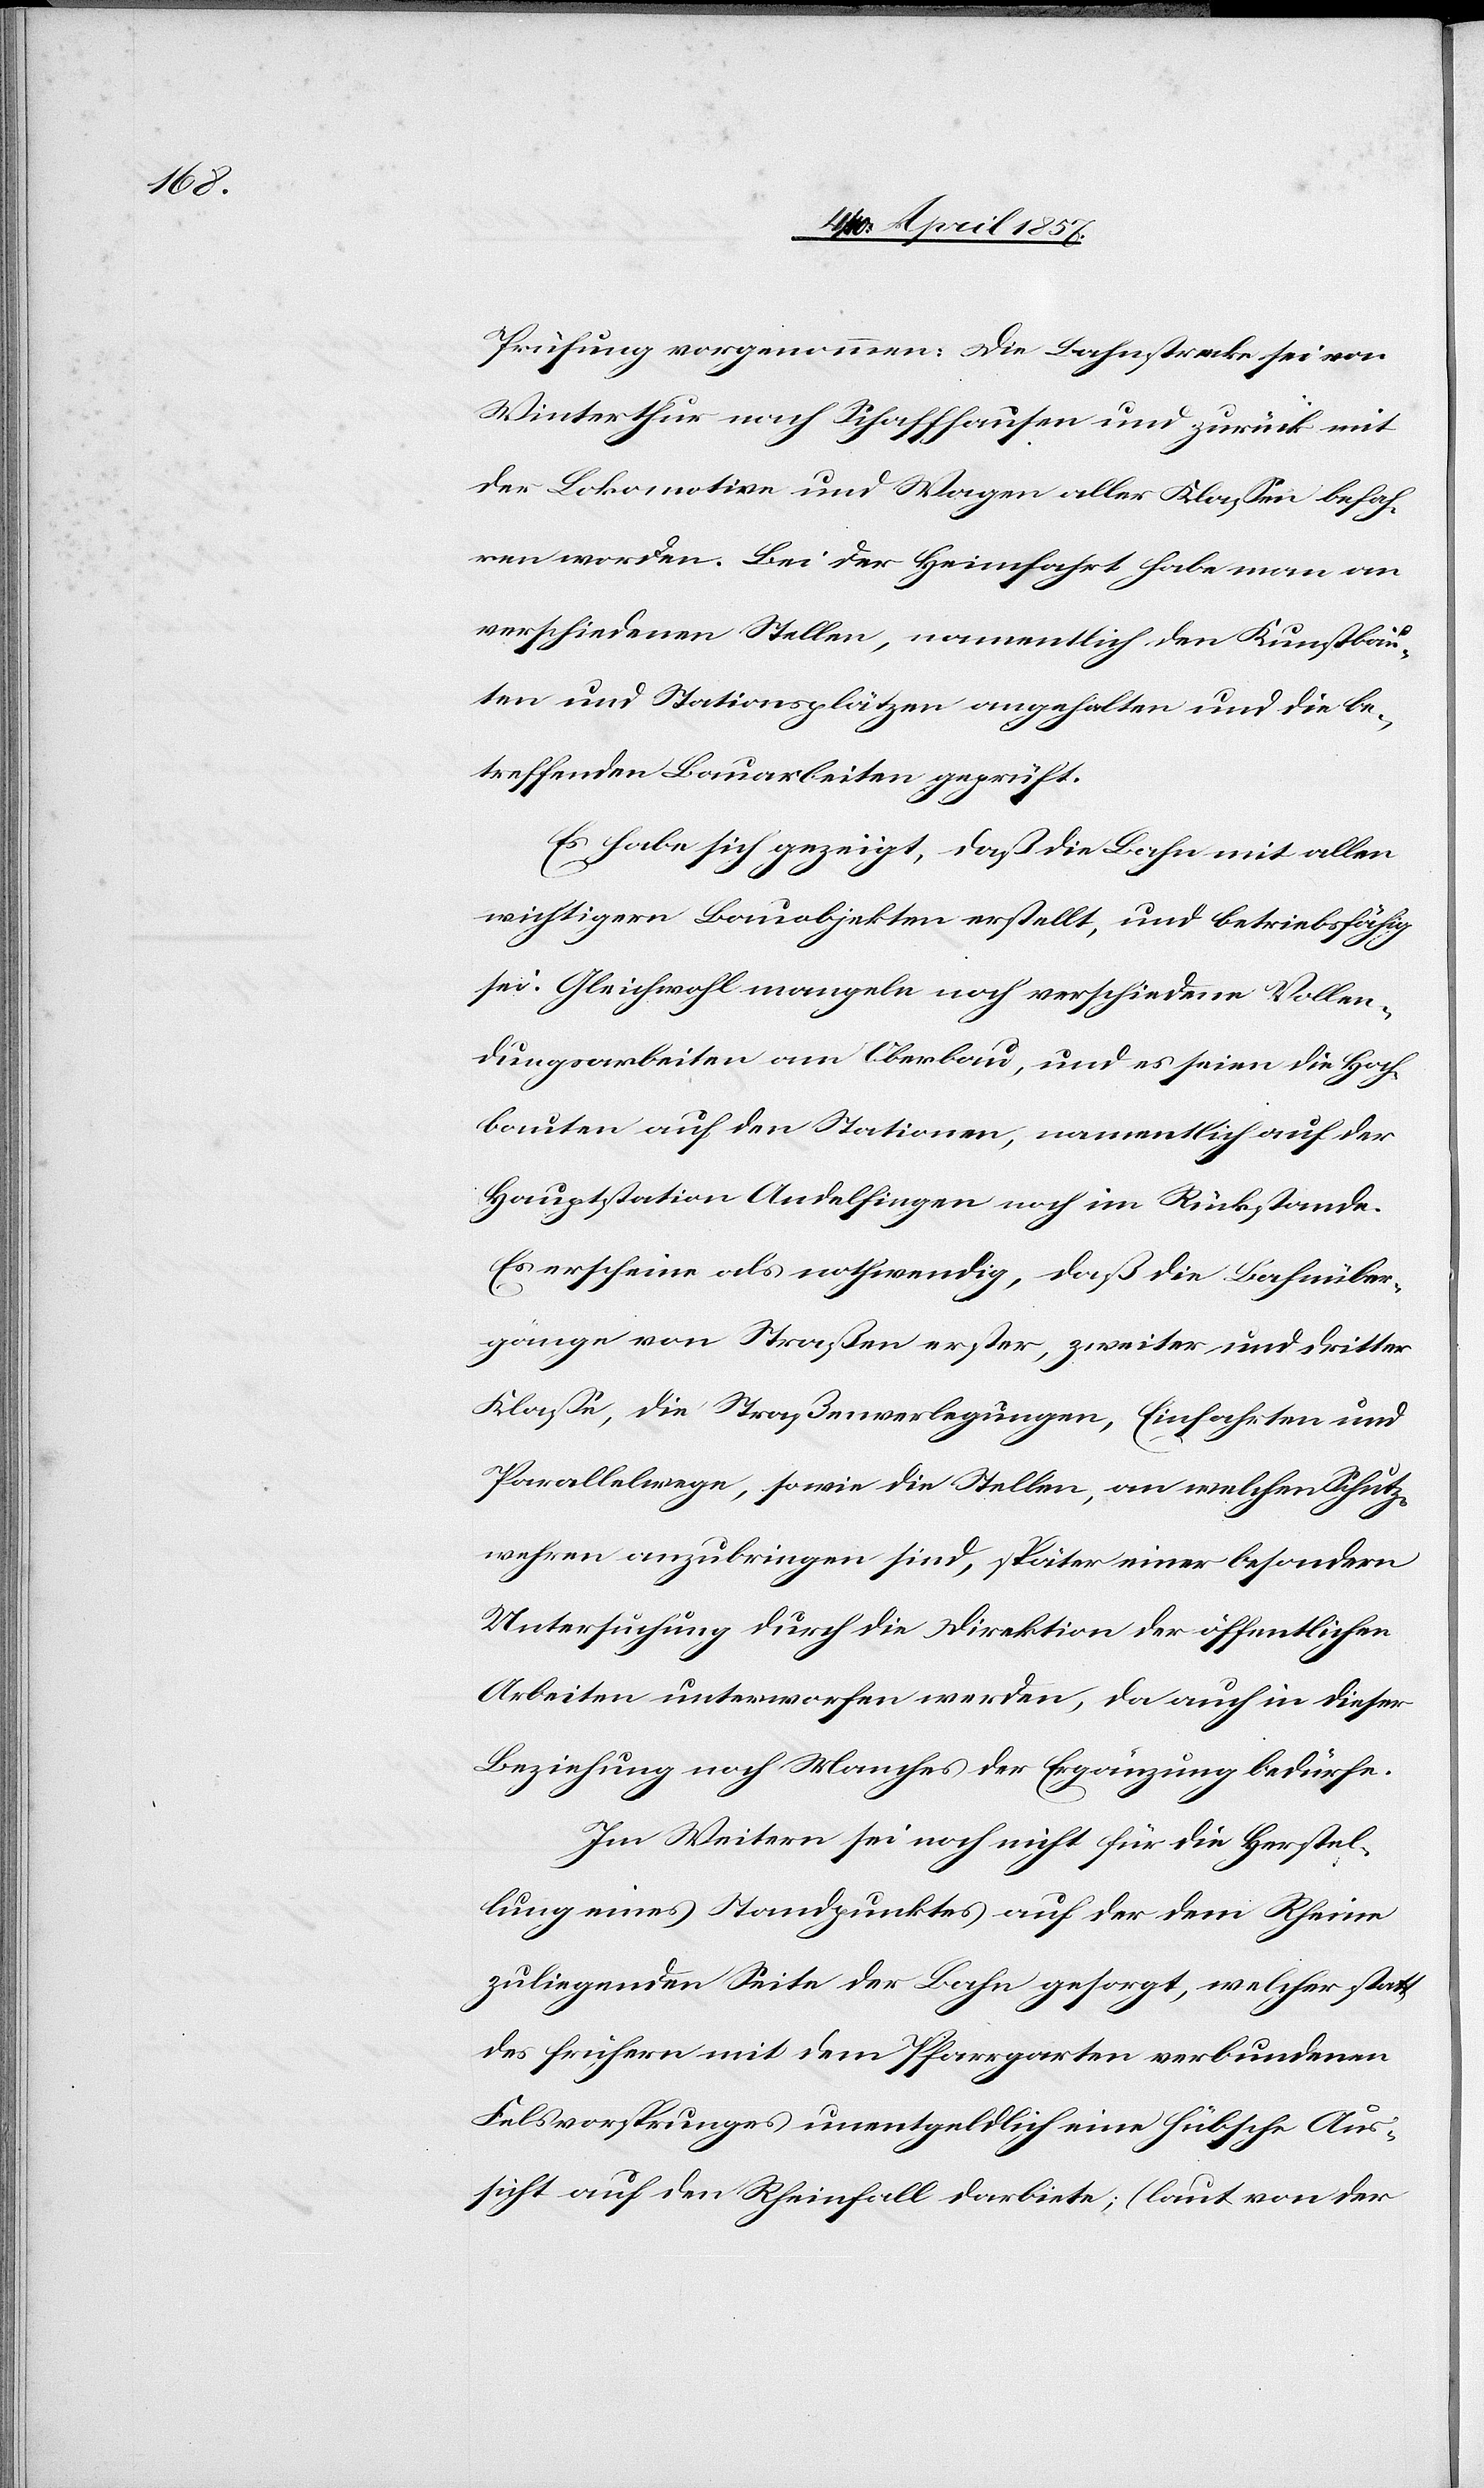
Prüfung vorgenommen: Die Bahnstrecke sei von
Winterthur nach Schaffhausen und zurück mit
der Lokomotive und Wagen aller Klassen befah¬
ren worden. Bei der Heimfahrt habe man an
verschiedenen Stellen, namentlich den Kunstbau¬
ten und Stationsplätzen angehalten und die be¬
treffenden Bauarbeiten geprüft.
Es habe sich gezeigt, daß die Bahn mit allen
wichtigern Bauobjekten erstellt, und betriebsfähig
sei. Gleichwohl mangeln noch verschiedene Vollen¬
dungsarbeiten am Oberbau, und es seien die Hoch¬
bauten auf den Stationen, namentlich auf der
Hauptstation Andelfingen noch im Rückstande.
Es erscheine als nothwendig, daß die Bahnüber¬
gänge von Straßen erster, zweiter und dritter
Klasse, die Straßenverlegungen, Einfahrten und
Parallelwege, sowie die Stellen, an welchen Schutz¬
wehren anzubringen sind, später einer besondern
Untersuchung durch die Direktion der öffentlichen
Arbeiten unterworfen werden, da auch in dieser
Beziehung noch Manches der Ergänzung bedürfe.
Im Weitern sei noch nicht für die Herstel¬
lung eines Standpunktes auf der dem Rheine
zuliegenden Seite der Bahn gesorgt, welcher statt
des frühern mit dem Pfarrgarten verbundenen
Felsvorsprunges unentgeldlich eine hübsche Aus¬
sicht auf den Rheinfall darbiete; (laut von der